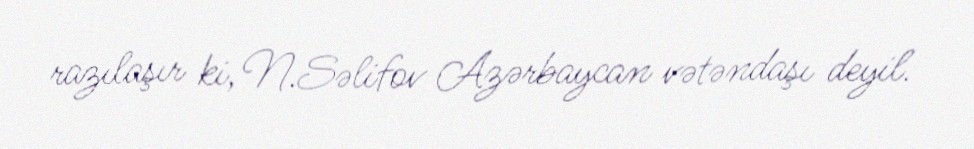
razılaşır ki, N.Səlifov Azərbaycan vətəndaşı deyil.